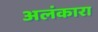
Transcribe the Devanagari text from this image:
अलंकारा